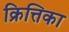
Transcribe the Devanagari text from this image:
क्रित्तिका